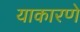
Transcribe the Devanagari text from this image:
याकारणे